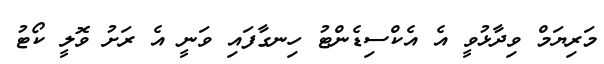
މަރިޔަމް ވިދާޅުވީ އެ އެކްސިޑެންޓު ހިނގާފައި ވަނީ އެ ރަށު ވޮލީ ކޯޓު